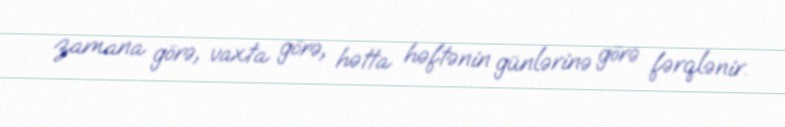
zamana görə, vaxta görə, hətta həftənin günlərinə görə fərqlənir.